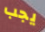
يجب